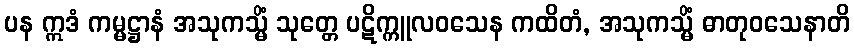
ပန ဣဒံ ကမ္မဋ္ဌာနံ အသုကသ္မိံ သုတ္တေ ပဋိက္ကူလဝသေန ကထိတံ, အသုကသ္မိံ ဓာတုဝသေနာတိ